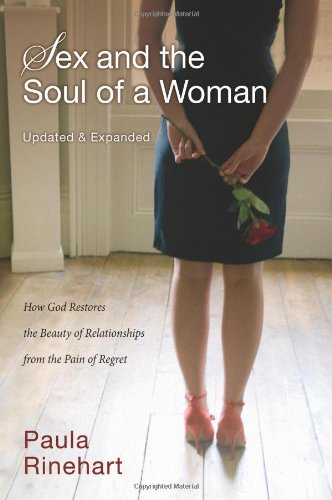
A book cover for Sex and the Soul of a Woman: How God Restores the Beauty of Relationship from the Pain of Regret; Paula Rinehart; Religion & Spirituality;